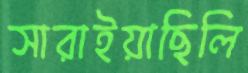
সারাইয়াছিলি